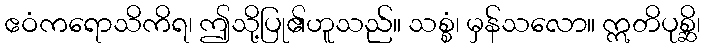
ဧဝံကရောသိကိရ၊ ဤသို့ပြု၏ဟူသည်။ သစ္စံ၊ မှန်သလော။ ဣတိပုစ္ဆိ၊